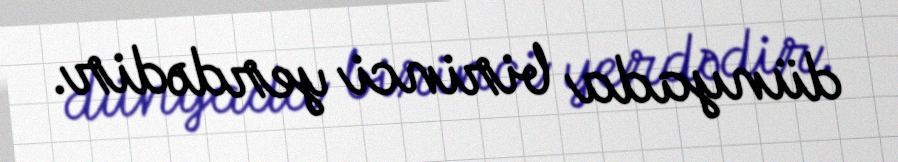
dünyada birinci yerdədir.